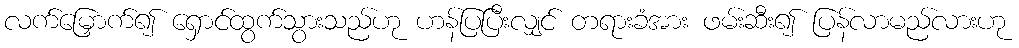
လက်မြှောက်၍ ရှောင်ထွက်သွားသည်ဟု ဟန်ပြပြီးလျှင် တရားခံအား ဖမ်းဆီး၍ ပြန်လာမည်လားဟု